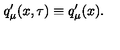
q _ { \mu } ^ { \prime } ( x , \tau ) \equiv q _ { \mu } ^ { \prime } ( x ) .